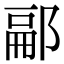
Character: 𨜥